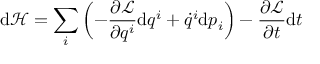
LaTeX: \mathrm { d } { \mathcal { H } } = \sum _ { i } \left( - { \frac { \partial { \mathcal { L } } } { \partial q ^ { i } } } \mathrm { d } q ^ { i } + { \dot { q } } ^ { i } \mathrm { d } p _ { i } \right) - { \frac { \partial { \mathcal { L } } } { \partial t } } \mathrm { d } t